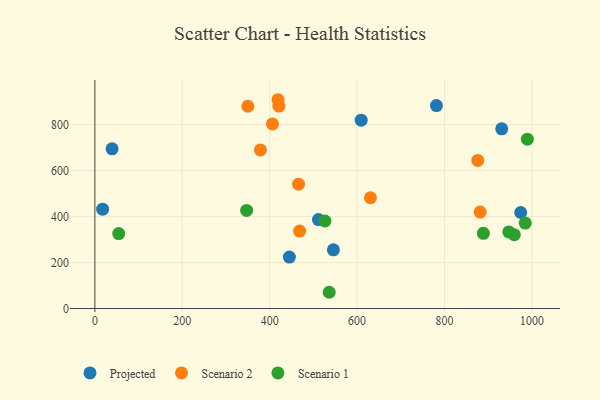
{"axis": {"x": "Engine Size", "y": "Salary"}, "legend": ["Projected", "Scenario 1", "Scenario 2"], "data": [{"x": "974.4", "y": 417.7, "type": "Projected"}, {"x": "445.1", "y": 223.7, "type": "Projected"}, {"x": "931.0", "y": 781.9, "type": "Projected"}, {"x": "511.6", "y": 386.9, "type": "Projected"}, {"x": "781.6", "y": 882.9, "type": "Projected"}, {"x": "609.4", "y": 819.7, "type": "Projected"}, {"x": "39.3", "y": 694.8, "type": "Projected"}, {"x": "17.7", "y": 432.3, "type": "Projected"}, {"x": "545.8", "y": 255.4, "type": "Projected"}, {"x": "466.0", "y": 541.1, "type": "Scenario 2"}, {"x": "350.1", "y": 880.2, "type": "Scenario 2"}, {"x": "419.0", "y": 908.5, "type": "Scenario 2"}, {"x": "881.7", "y": 419.6, "type": "Scenario 2"}, {"x": "406.4", "y": 803.2, "type": "Scenario 2"}, {"x": "421.1", "y": 880.9, "type": "Scenario 2"}, {"x": "468.5", "y": 337.0, "type": "Scenario 2"}, {"x": "876.2", "y": 644.6, "type": "Scenario 2"}, {"x": "378.8", "y": 689.9, "type": "Scenario 2"}, {"x": "630.6", "y": 482.0, "type": "Scenario 2"}, {"x": "989.7", "y": 737.0, "type": "Scenario 1"}, {"x": "889.0", "y": 327.4, "type": "Scenario 1"}, {"x": "536.2", "y": 70.7, "type": "Scenario 1"}, {"x": "54.5", "y": 326.1, "type": "Scenario 1"}, {"x": "959.7", "y": 321.4, "type": "Scenario 1"}, {"x": "347.2", "y": 426.9, "type": "Scenario 1"}, {"x": "947.2", "y": 333.5, "type": "Scenario 1"}, {"x": "984.8", "y": 371.8, "type": "Scenario 1"}, {"x": "526.4", "y": 380.8, "type": "Scenario 1"}]}